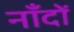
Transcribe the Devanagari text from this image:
नाँदों